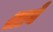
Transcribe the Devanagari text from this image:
श्राबे